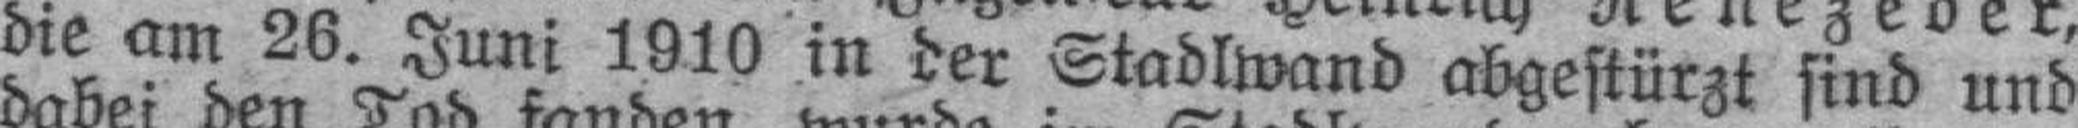
die am 26. Juni 1910 in der Stadlwand abgestürzt sind und